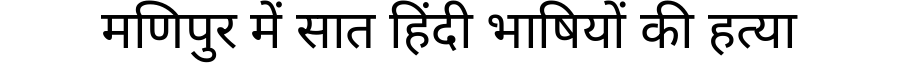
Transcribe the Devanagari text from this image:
मणिपुर में सात हिंदी भाषियों की हत्या